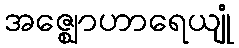
အဇ္ဈောဟာရေယျုံ